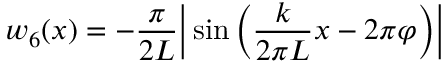
w _ { 6 } ( x ) = - \frac { \pi } { 2 L } \bigg | \sin \bigg ( \frac { k } { 2 \pi L } x - 2 \pi \varphi \bigg ) \bigg |